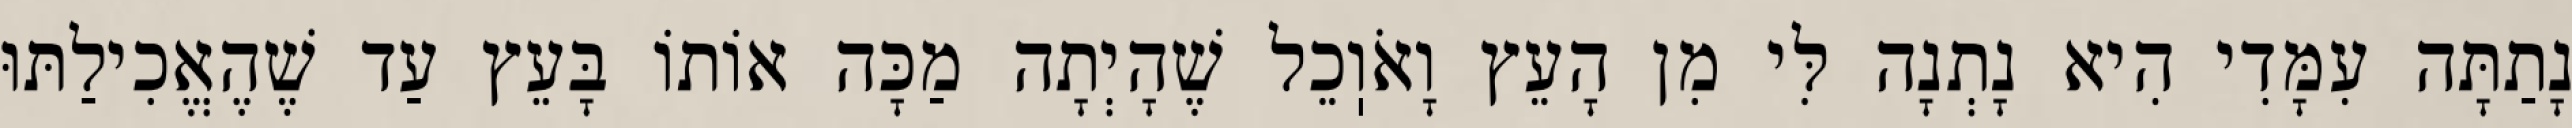
נָתַתָּה עִמָּדִי הִיא נָתְנָה לִּי מִן הָעֵץ וָאֹוֽכֵל שֶׁהָיְתָה מַכָּה אוֹתוֹ בָּעֵץ עַד שֶׁהֶאֱכִילַתּוּ